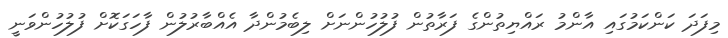
މިފަދަ ކަންކަމުގައި އާންމު ރައްޔިތުންގެ ފަރާތުން ފުލުހުންނަށް ލިބެމުންދާ އެއްބާރުލުން ފާހަގަކޮށް ފުލުހުންވަނީ